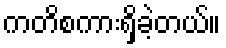
ကတိစကားရှိခဲ့တယ်။